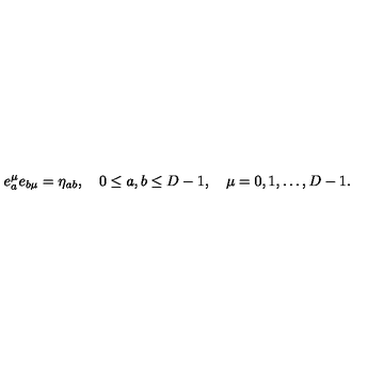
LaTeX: e _ { a } ^ { \mu } e _ { b \mu } = \eta _ { a b } , \quad 0 \leq a , b \leq D - 1 , \quad \mu = 0 , 1 , \ldots , D - 1 { . }